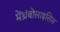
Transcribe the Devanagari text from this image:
मेंथ्रंबोलाइसिस